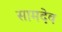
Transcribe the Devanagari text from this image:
सामदेव